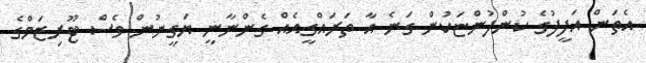
އެތަން އަފީފުގެ ކުންފުންޏަކުން ގަނެ އާ ތަރައްގީއެއް ގެންނާނީ ޔަގީނުން ވެސް ޓޫރިޒަމްގެ